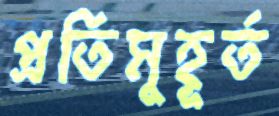
প্রতিমুহূর্ত